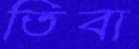
তিবা